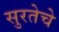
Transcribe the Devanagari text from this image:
सुरतेचे